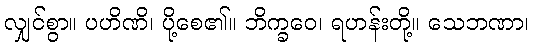
လျှင်စွာ။ ပဟိဏိ၊ ပို့စေ၏။ ဘိက္ခဝေ၊ ရဟန်းတို့။ သေဘဏာ၊